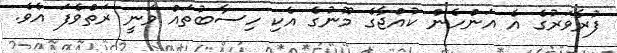
ފުރާވަރުގެ އެ އަންހެން ކުއްޖާގެ މޫނުގެ އެކި ހިސާބުތައް ވަނީ ރަތްވެފަ އެވެ.